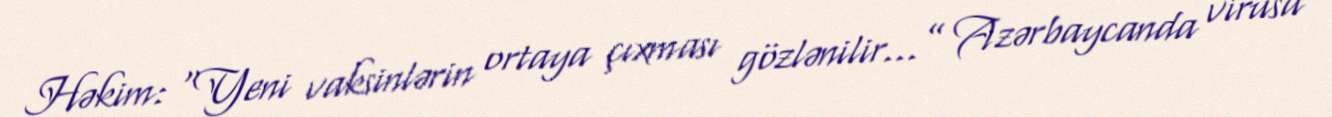
Həkim: “Yeni vaksinlərin ortaya çıxması gözlənilir...” Azərbaycanda virusa